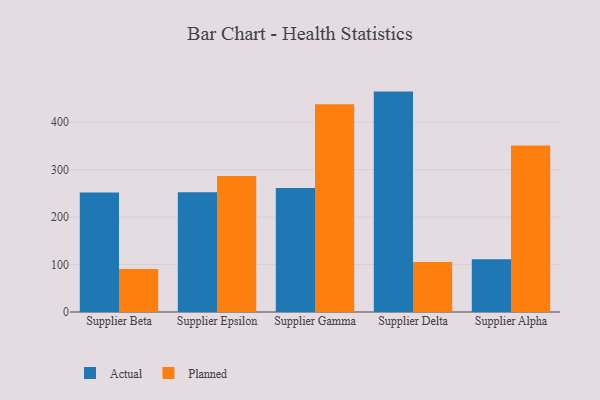
{"axis": {"x": "Supplier", "y": "Humidity (%)"}, "legend": ["Actual", "Planned"], "data": [{"x": "Supplier Beta", "y": 251.8, "type": "Actual"}, {"x": "Supplier Beta", "y": 90.6, "type": "Planned"}, {"x": "Supplier Epsilon", "y": 252.4, "type": "Actual"}, {"x": "Supplier Epsilon", "y": 286.4, "type": "Planned"}, {"x": "Supplier Gamma", "y": 261.3, "type": "Actual"}, {"x": "Supplier Gamma", "y": 437.8, "type": "Planned"}, {"x": "Supplier Delta", "y": 464.5, "type": "Actual"}, {"x": "Supplier Delta", "y": 105.5, "type": "Planned"}, {"x": "Supplier Alpha", "y": 111.0, "type": "Actual"}, {"x": "Supplier Alpha", "y": 351.1, "type": "Planned"}]}